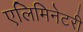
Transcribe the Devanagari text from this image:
एलिमिनेटरी